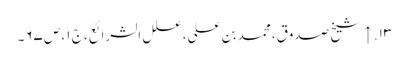
۱۳. ↑ شیخ صدوق، محمد بن علی، علل الشرائع، ج ۱، ص ۶۷۔